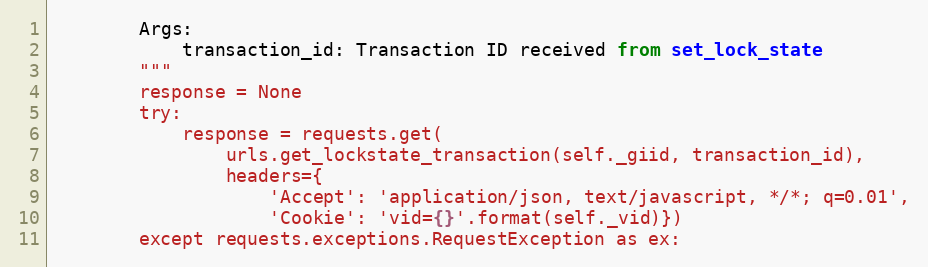
Language: Python
        Args:
            transaction_id: Transaction ID received from set_lock_state
        """
        response = None
        try:
            response = requests.get(
                urls.get_lockstate_transaction(self._giid, transaction_id),
                headers={
                    'Accept': 'application/json, text/javascript, */*; q=0.01',
                    'Cookie': 'vid={}'.format(self._vid)})
        except requests.exceptions.RequestException as ex: